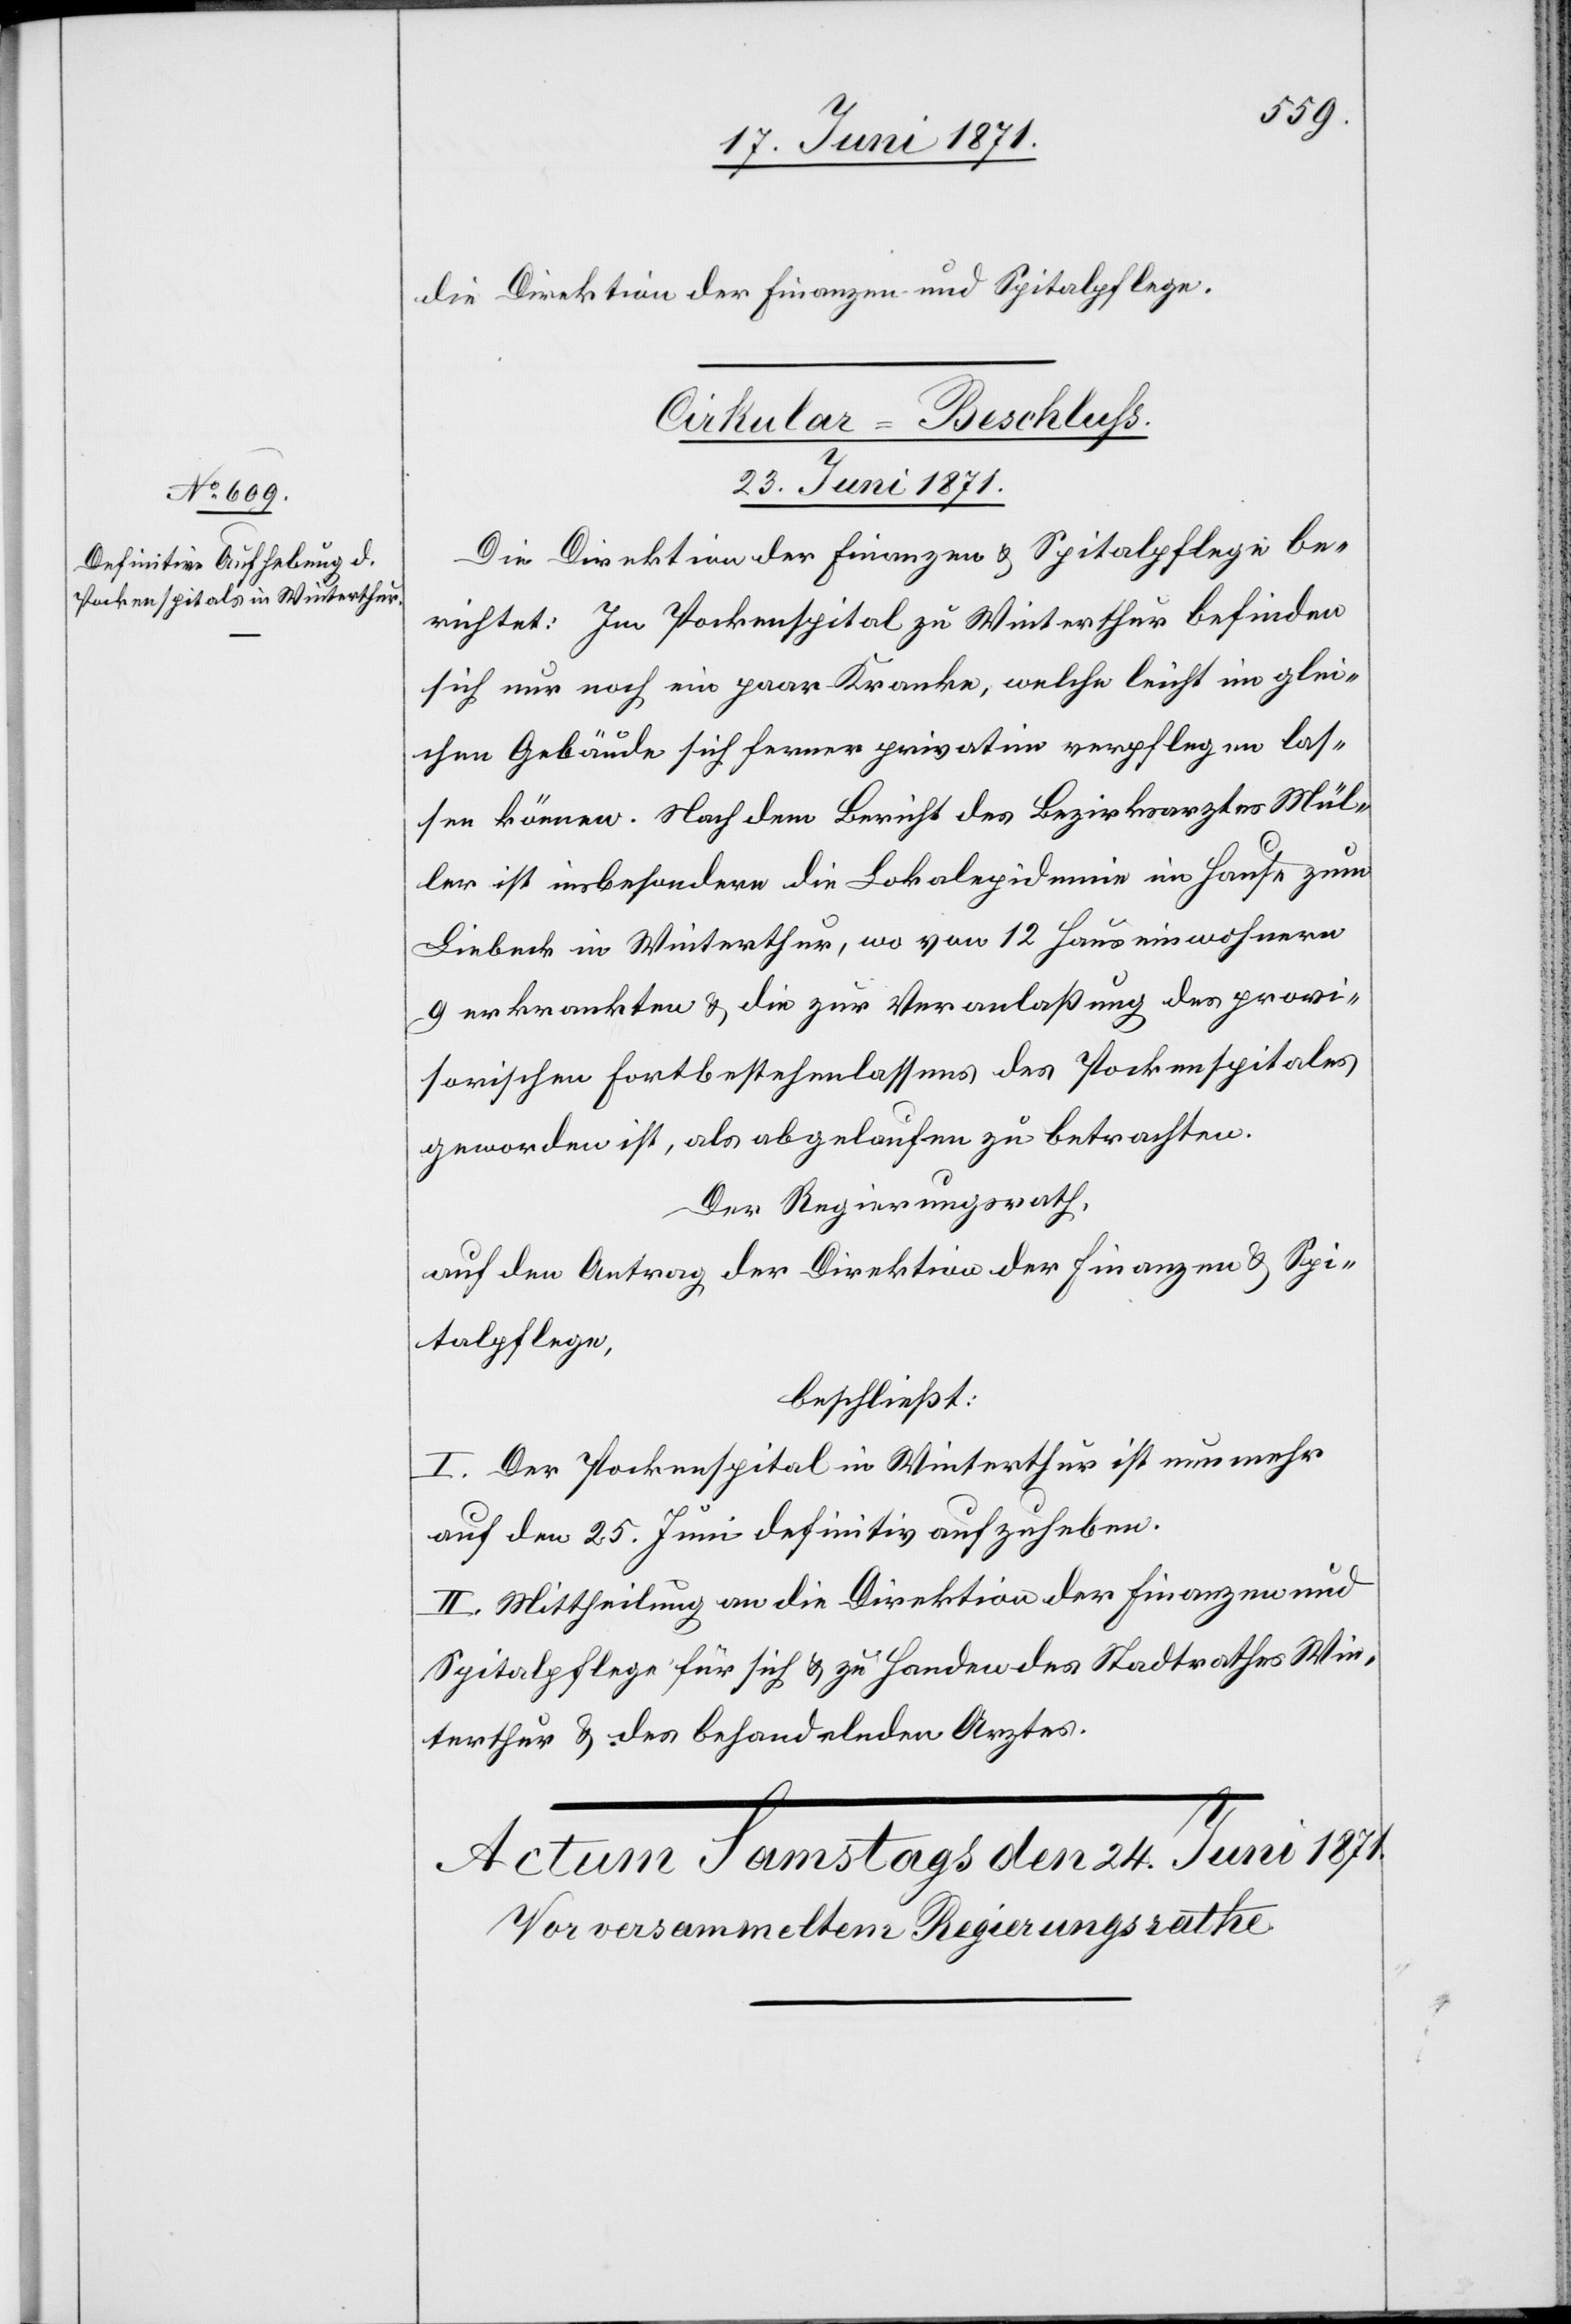
die Direktion der Finanzen und Spitalpflege.
Cirkular-Beschluß
23. Juni 1871.
Die Direktion der Finanzen u. Spitalpflege be¬
richtet: Im Pockenspital zu Winterthur befinden
sich nur noch ein paar Kranke, welche leicht im glei¬
chen Gebäude sich ferner privatim verpflegen las¬
sen können. Nach dem Bericht des Bezirksarztes Mül¬
ler ist insbesondere die Lokalepidemie im Hause zum
Liebeck in Winterthur, wo von 12 Hauseinwohnern
9 erkrankten u. die zur Veranlaßung des provi¬
sorischen Fortbestehenlassens des Pockenspitales
geworden ist, als abgelaufen zu betrachten.
Der Regierungsrath,
auf den Antrag der Direktion der Finanzen u. Spi¬
talpflege,
beschließt:
I. Der Pockenspital in Winterthur ist nunmehr
auf den 25. Juni definitiv aufzuheben.
II. Mittheilung an die Direktion der Finanzen und
Spitalpflege für sich u. zu Handen des Stadtrathes Win¬
terthur u. des behandelnden Arztes.